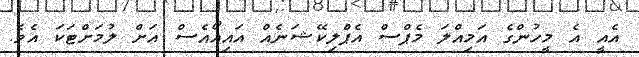
އެއީ އެ މީހުންގެ އަމިއްލަ މެޕްސް އެޕްލިކޭޝަނެއް އައިއޯއެސް އަށް ލުމަށްޓަކަ އެވެ.